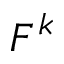
F ^ { k }